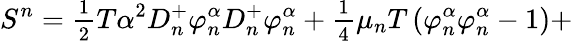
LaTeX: S^{n}=\frac{_1}{^2}T\alpha^{2}D_{n}^{+}\varphi_{n}^{\alpha}D_{n}^{+}\varphi_{n}^{\alpha}+\frac{_1}{^4}\mu_{n}T\left(\varphi_{n}^{\alpha}\varphi_{n}^{\alpha}-1\right)+